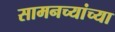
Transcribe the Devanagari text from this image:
सामनच्यांच्या